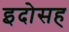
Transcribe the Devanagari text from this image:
इदोसह